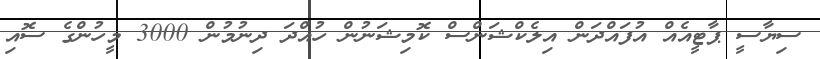
ސިޔާސީ ޕާޓީއެއް އުފައްދަން އިލެކްޝަންސް ކޮމިޝަނުން ހުއްދަ ދިނުމުން 3000 މީހުންގެ ސޮއި